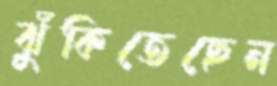
ঝুঁকিতেছেন